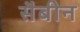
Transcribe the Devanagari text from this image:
सैबीन